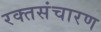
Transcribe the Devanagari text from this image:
रक्तसंचारण